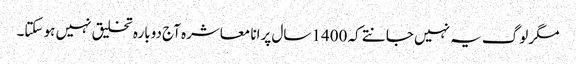
مگر لوگ یہ نہیں جانتے کہ 1400 سال پرانا معاشرہ آج دوبارہ تخلیق نہیں ہو سکتا۔